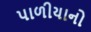
પાળીયાનો